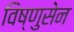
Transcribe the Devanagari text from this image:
विष्णुसेन